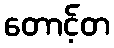
တောင့်တ